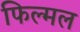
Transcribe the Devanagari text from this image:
फिल्मल